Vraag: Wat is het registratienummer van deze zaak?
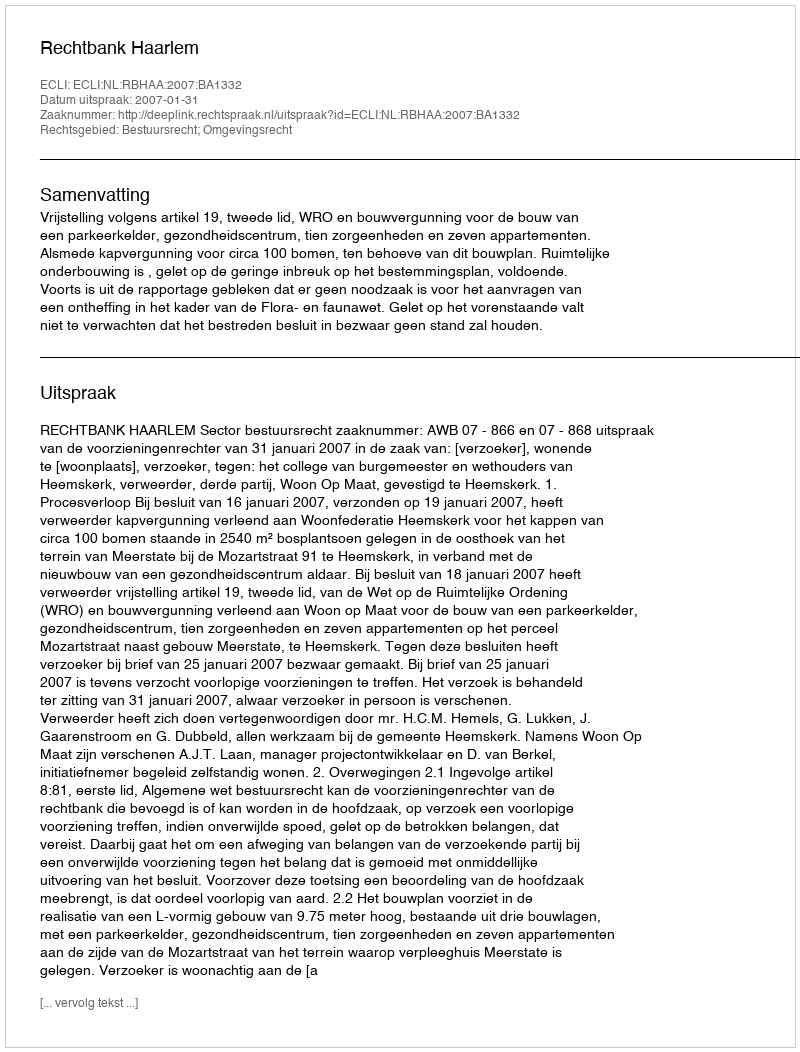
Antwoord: http://deeplink.rechtspraak.nl/uitspraak?id=ECLI:NL:RBHAA:2007:BA1332